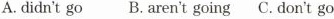
A. didn't go B. aren't going C. don't go